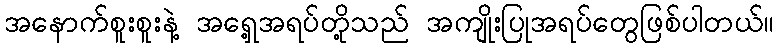
အနောက်စူးစူးနဲ့ အရှေ့အရပ်တို့သည် အကျိုးပြုအရပ်တွေဖြစ်ပါတယ်။